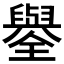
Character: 𦦮